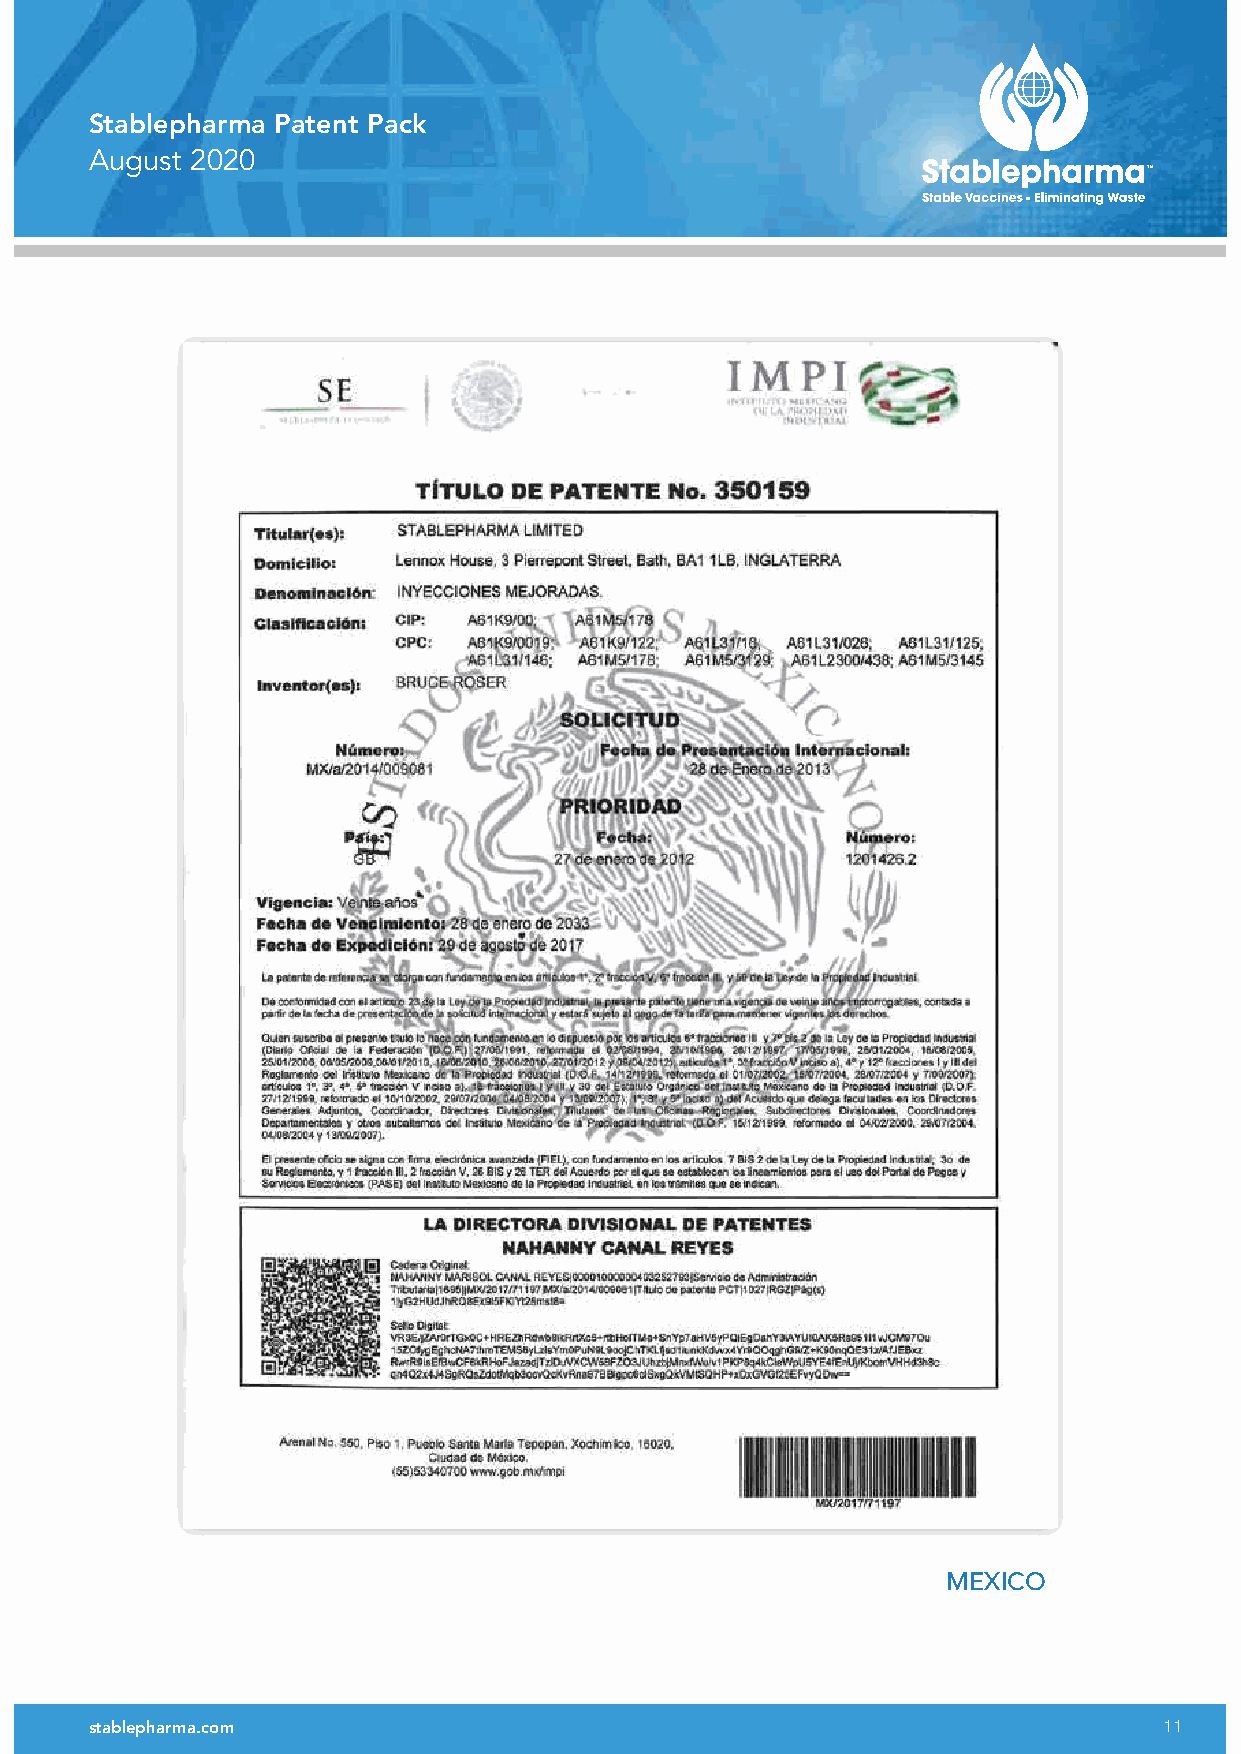
Stablepharma Patent Pack
 August 2020
 MExICO
 stablepharma.com                                                       11